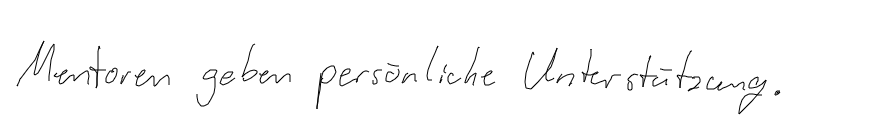
Mentoren geben persönliche Unterstützung.